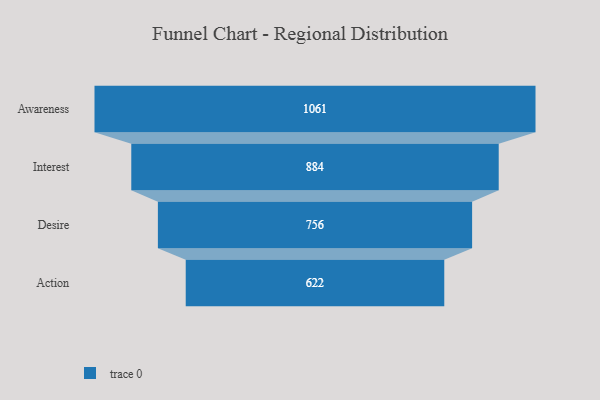
{"axis": {"x": "Stage", "y": "Value"}, "legend": [""], "data": [{"x": "Awareness", "y": 1061.0, "type": ""}, {"x": "Interest", "y": 884.0, "type": ""}, {"x": "Desire", "y": 756.0, "type": ""}, {"x": "Action", "y": 622.0, "type": ""}]}